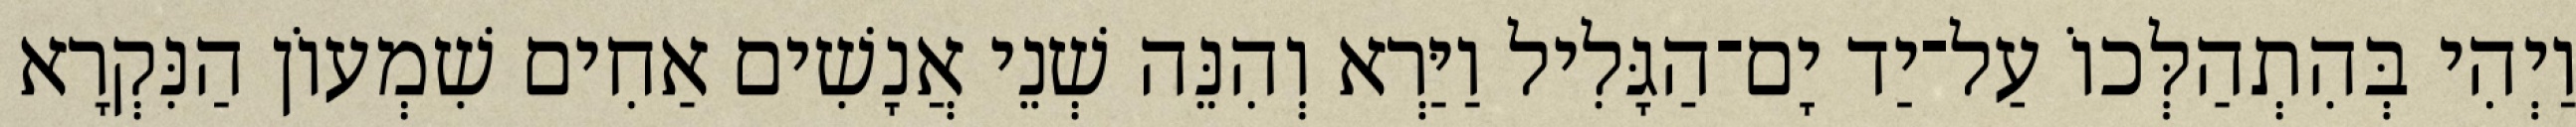
וַיְהִי בְּהִתְהַלְּכוֹ עַל־יַד יָם־הַגָּלִיל וַיַּרְא וְהִנֵּה שְׁנֵי אֲנָשִׁים אַחִים שִׁמְעוֹן הַנִּקְרָא